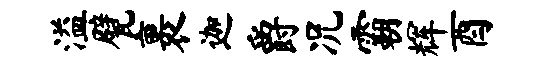
溢甓裹迦爵况霸辉酉